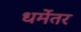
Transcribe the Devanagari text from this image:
धर्मेतर